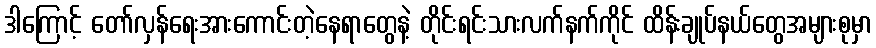
ဒါကြောင့် တော်လှန်ရေးအားကောင်းတဲ့နေရာတွေနဲ့ တိုင်းရင်းသားလက်နက်ကိုင် ထိန်းချုပ်နယ်တွေအများစုမှာ